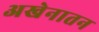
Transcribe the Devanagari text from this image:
अखेनातन